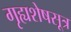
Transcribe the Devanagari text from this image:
गृह्यशेषसूत्र